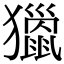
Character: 𤢪